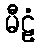
မီဠံ